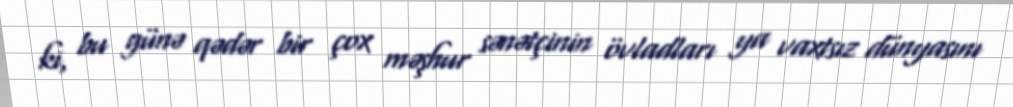
ki, bu günə qədər bir çox məşhur sənətçinin övladları ya vaxtsız dünyasını